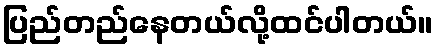
ပြည်တည်နေတယ်လို့ထင်ပါတယ်။